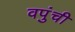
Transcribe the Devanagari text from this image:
वपुंची